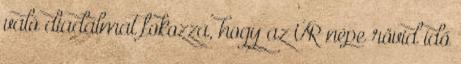
való diadalmat fokozza, hogy az ÚR népe rövid idő